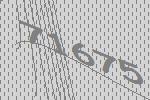
71675